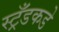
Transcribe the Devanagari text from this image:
स्ट्रँडकडे